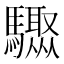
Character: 𩧁